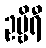
ဥဗ္ဗိရီ